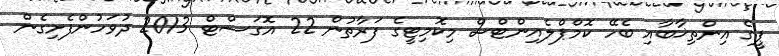
ޕީގެ އިންތިޚާބާއި ބެހޭ ކޮމްޕްލެއިންޓްސް މިކޮމިޓީގެ ފަރާތުން 22 އޮގަސްޓް 2013 ދުވަހުންފެށިގެން